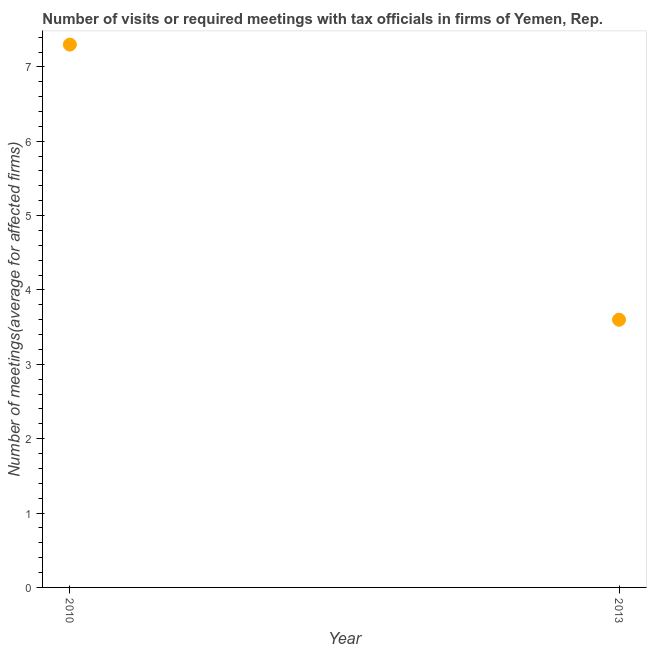
| Year | Meetings with tax officials |
 | --- | --- |
 | 2010 | 7.3 |
 | 2013 | 3.6 |